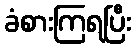
ခံစားကြရပြီး